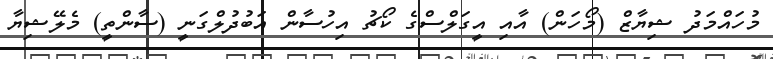
މުހައްމަދު ޝިޔާޒް (މޯހަން) އާއި އީގަލްސްގެ ކޯޗު އިހުސާން އަބުދުލްގަނީ (ސާންތީ) މެލޭޝިޔާ